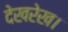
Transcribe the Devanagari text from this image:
देखरेख।